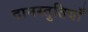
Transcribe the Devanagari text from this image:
दानस्तुतियाँ